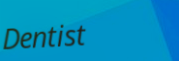
Dentist